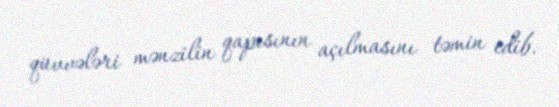
qüvvələri mənzilin qapısının açılmasını təmin edib.